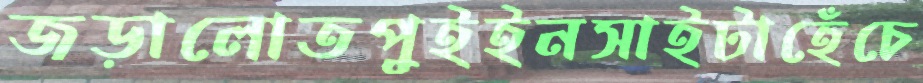
জড়ালোতপুইইনসাইটাহেঁচে